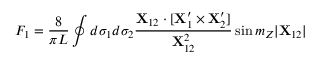
F _ { 1 } = { \frac { 8 } { \pi L } } \oint d \sigma _ { 1 } d \sigma _ { 2 } { \frac { { \bf X } _ { 1 2 } \cdot [ { \bf X } _ { 1 } ^ { \prime } \times { \bf X } _ { 2 } ^ { \prime } ] } { { \bf X } _ { 1 2 } ^ { 2 } } } \sin m _ { Z } | { \bf X } _ { 1 2 } |